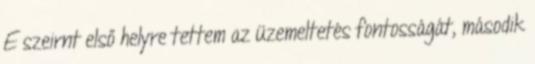
E szeirnt első helyre tettem az üzemeltetés fontosságát, második